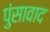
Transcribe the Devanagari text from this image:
पुंसावाद